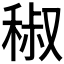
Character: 𥟧